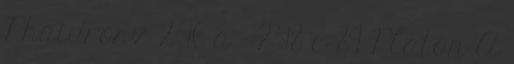
Phaidrosz 246 a – 248 c 89 Platón A